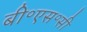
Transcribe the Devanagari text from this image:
बी॰एस॰सी